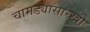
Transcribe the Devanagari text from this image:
चामड्यासारखी